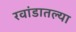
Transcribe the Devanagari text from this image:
रवांडातल्‍या